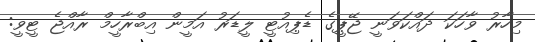
މިހާރު ވާހަކަ ދަައްކަވަނީ ޖޭޕީގެ ޑެޕިއުޓީ ލީޑަރު އަމީން އިބްރާހީމް ރާއްޖެ ޓީވީ: